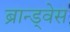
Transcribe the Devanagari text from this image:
ब्रान्ड्वेस